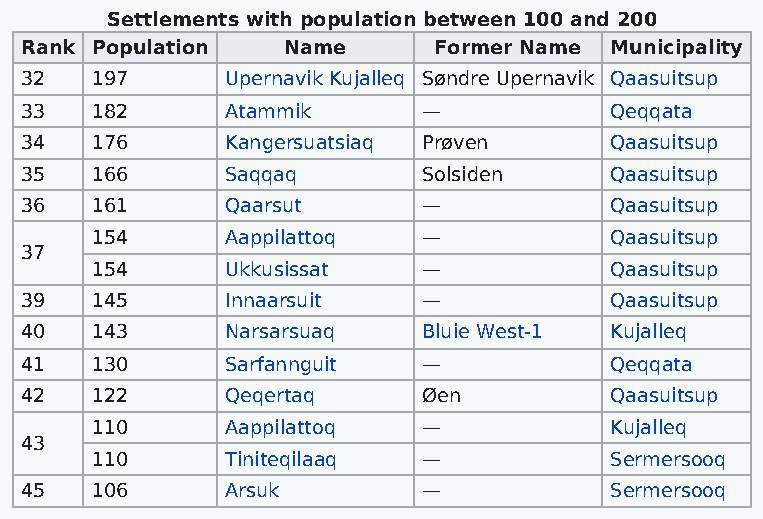
Settlements with population between 100 and 200
 Rank Population   Name      Former Name Municipality
 32   197      Upernavik Kujalleq Søndre Upernavik Qaasuitsup
 33   182      Atammik      —           Qeqqata
 34   176      Kangersuatsiaq Prøven    Qaasuitsup
 35   166      Saqqaq       Solsiden    Qaasuitsup
 36   161      Qaarsut      —           Qaasuitsup
 154      Aappilattoq  —           Qaasuitsup
 37
 154      Ukkusissat   —           Qaasuitsup
 39   145      Innaarsuit   —           Qaasuitsup
 40   143      Narsarsuaq   Bluie West-1 Kujalleq
 41   130      Sarfannguit  —           Qeqqata
 42   122      Qeqertaq     Øen         Qaasuitsup
 110      Aappilattoq  —           Kujalleq
 43
 110      Tiniteqilaaq —           Sermersooq
 45   106      Arsuk        —           Sermersooq